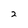
Character: 2